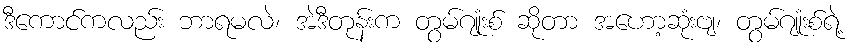
ဒီကောင်ကလည်း ဘာရမလဲ၊ အဲဒီတုန်းက တွမ်ဂျုံးစ် ဆိုတာ အဟော့ဆုံးဗျ၊ တွမ်ဂျုံးစ်ရဲ့